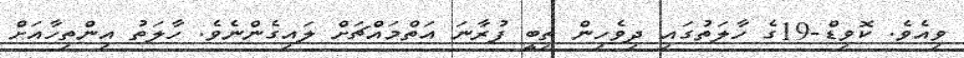
ވިއެވެ. ކޮވިޑް-19ގެ ހާލަތުގައި ދިވެހިން ތިބީ ފުރާނަ އަތްމައްޗަށް ލައިގެންނެވެ. ހާލަތު އިންތިހާއަށް